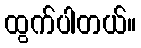
ထွက်ပါတယ်။